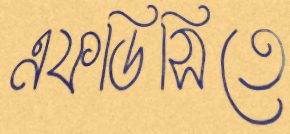
এফডিসিতে